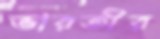
ভারতীর